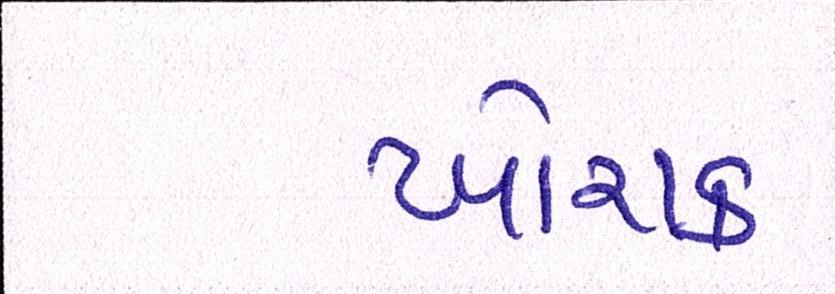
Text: ખોરાક